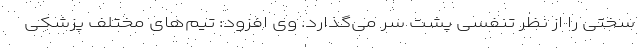
سختی را از نظر تنفسی پشت سر می‌گذارد. وی افزود: تیم‌های مختلف پزشکی